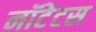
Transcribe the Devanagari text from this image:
नॉटेटस